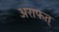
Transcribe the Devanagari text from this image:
अराफत्